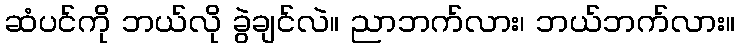
ဆံပင်ကို ဘယ်လို ခွဲချင်လဲ။ ညာဘက်လား၊ ဘယ်ဘက်လား။